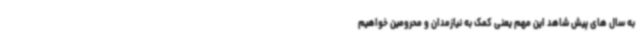
به سال های پیش شاهد این مهم یعنی کمک به نیازمدان و محرومین خواهیم